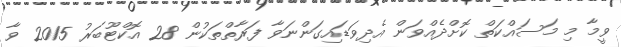
ވީމާ މި މަސައްކަތް ކޮށްދެއްވަން އެދިވަޑައިގަންނަވާ ފަރާތްތަކުން 28 އޮކްޓޫބަރު 2015 ވާ